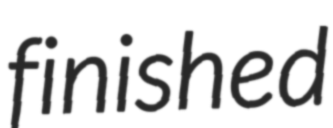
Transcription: finished